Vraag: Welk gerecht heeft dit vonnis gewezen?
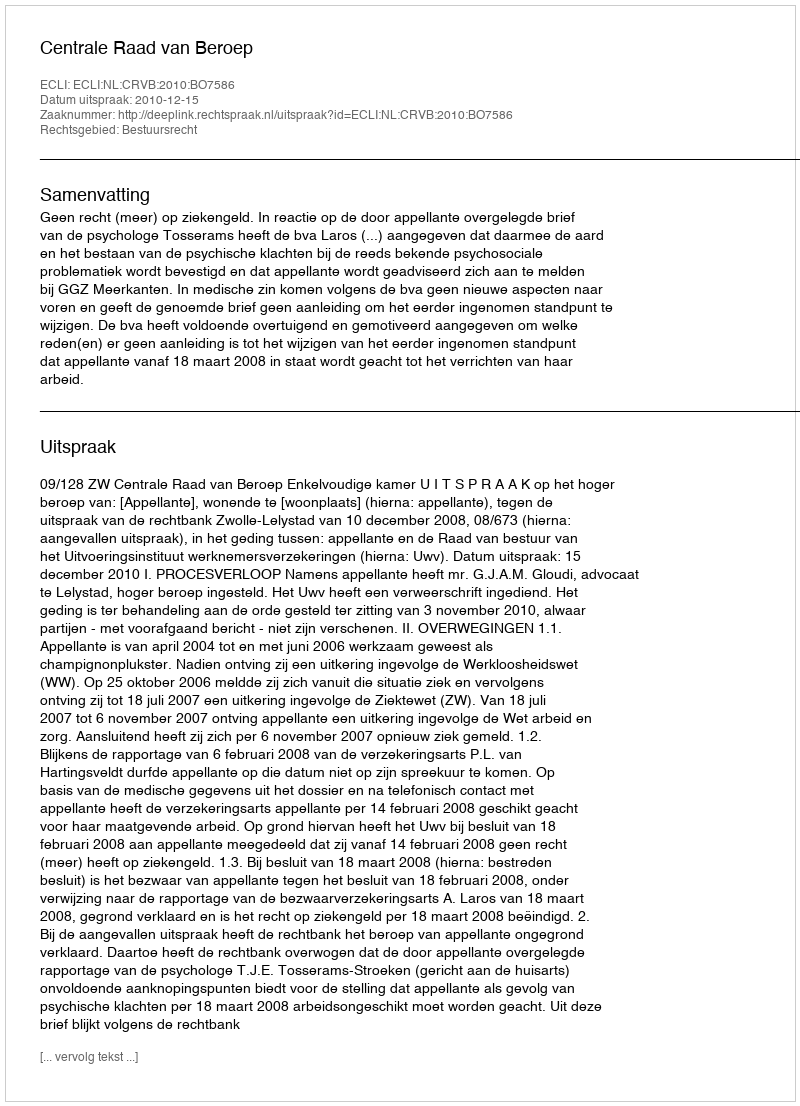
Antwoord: Centrale Raad van Beroep